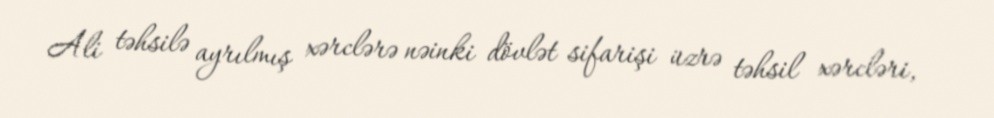
Ali təhsilə ayrılmış xərclərə nəinki dövlət sifarişi üzrə təhsil xərcləri,